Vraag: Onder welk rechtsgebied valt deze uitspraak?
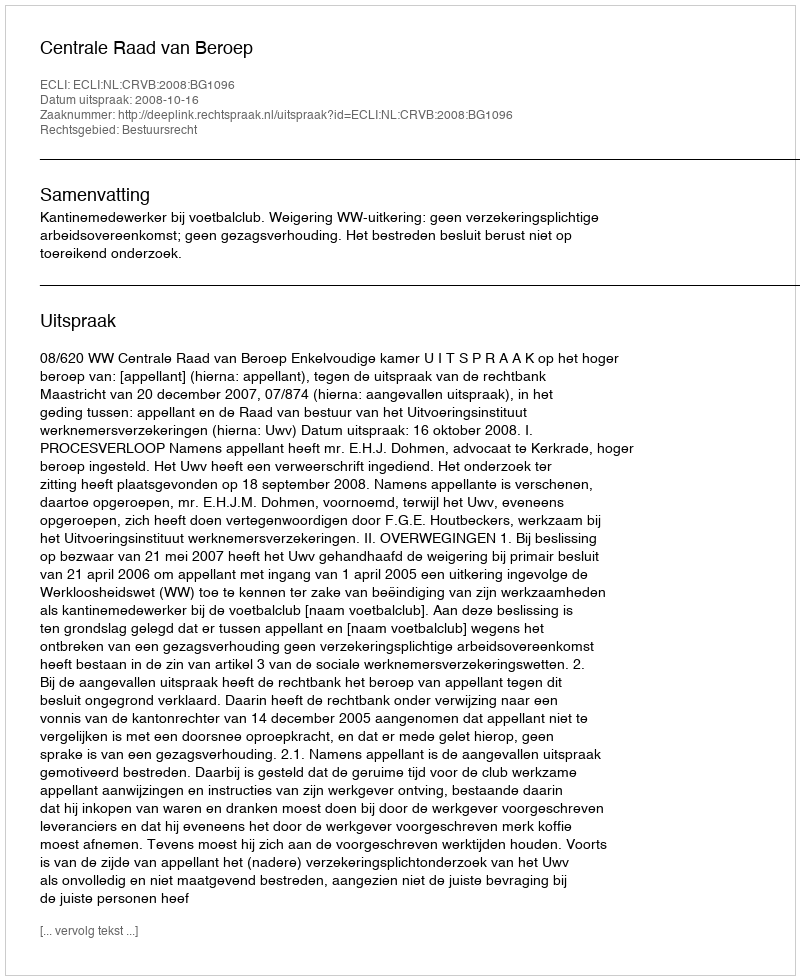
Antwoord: Bestuursrecht